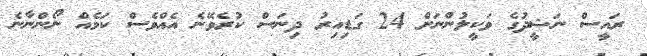
ރައީސް ނަޝީދުގެ ވަކީލުންނަށް 24 ގަޑިއިރު ދިނަސް ކުރެވޭނެ އެއްވެސް ކަމެއް ނޯންނާނެ